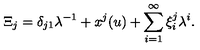
\Xi _ { j } = \delta _ { j 1 } \lambda ^ { - 1 } + x ^ { j } ( u ) + \sum _ { i = 1 } ^ { \infty } \xi _ { i } ^ { j } \lambda ^ { i } .